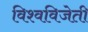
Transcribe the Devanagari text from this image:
विश्वविजेती